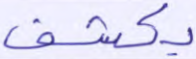
يكشف